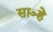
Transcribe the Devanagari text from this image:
साञ्हे